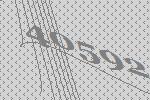
40592